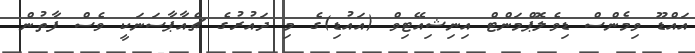
އައްޑޫ ވިމެންސް ޑިވެލޮޕްމަންޓް އިނިޝިއޭޓިވް (އައުޑި)ގެ މި ދައުރުގެ ޗެއާޕާސަނަކީ ވެސް ފާތުން